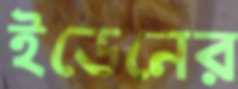
ইডেনের